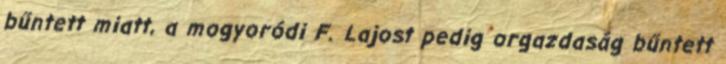
bűntett miatt, a mogyoródi F. Lajost pedig orgazdaság bűntett